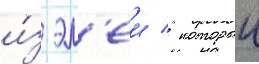
и́з эл'еи / которыи